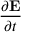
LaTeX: \frac { \partial \mathbf { E } } { \partial t }